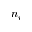
n _ { i }